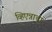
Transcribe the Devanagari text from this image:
व्हिएन्नाचा